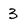
Character: 3